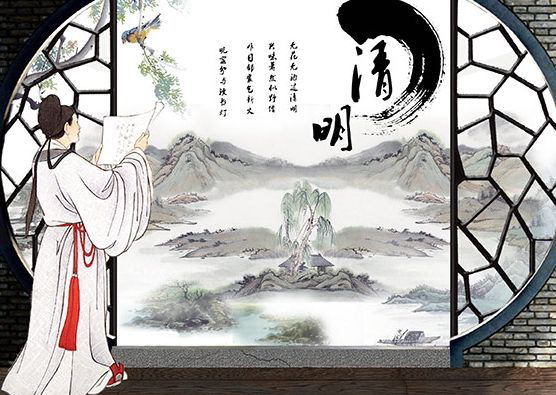
清明又近也，却天涯为客。